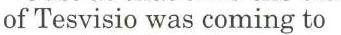
of Tesvisio was coming to